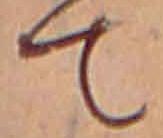
て